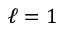
\ell = 1